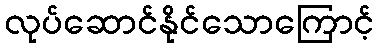
လုပ်ဆောင်နိုင်သောကြောင့်